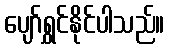
ပျော်ရွှင်နိုင်ပါသည်။